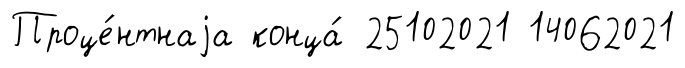
Проце́нтнаjа конца́ 25102021 14062021